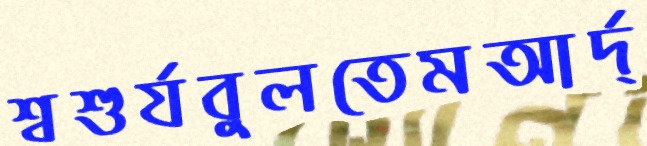
শ্বশুর্যবুলতেমআর্দ্